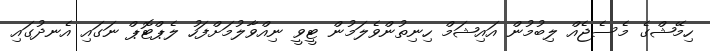
ހިމޭޝްގެ މެސެޖެއް ލިބުމުން އައިޝަމް ހިނިތުންވެލަމުން ޓީވީ ނިއްވާލުމަށްފަހު ލެޕްޓޮޕް ނަގައި އެނދުގައި